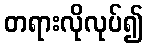
တရားလိုလုပ်၍